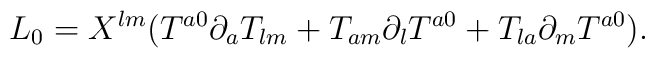
L_{0} = X^{l m}(T^{a 0} \partial_a T_{l m} + T_{ a m}\partial_l T^{a 0} + T_{l a} \partial_m T^{a 0}).